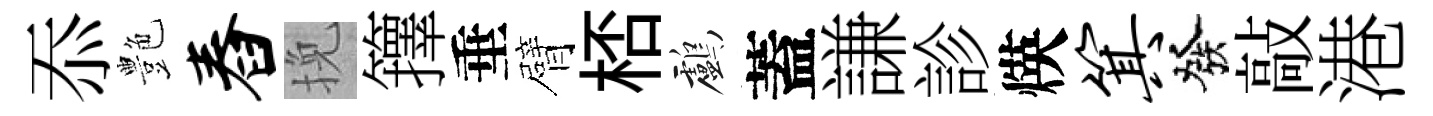
忝艶舂挽籜垂臂桮鸕蓋謙診煐箕發敲港